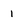
Character: 1